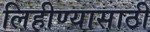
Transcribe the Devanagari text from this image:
लिहीण्यासाठी